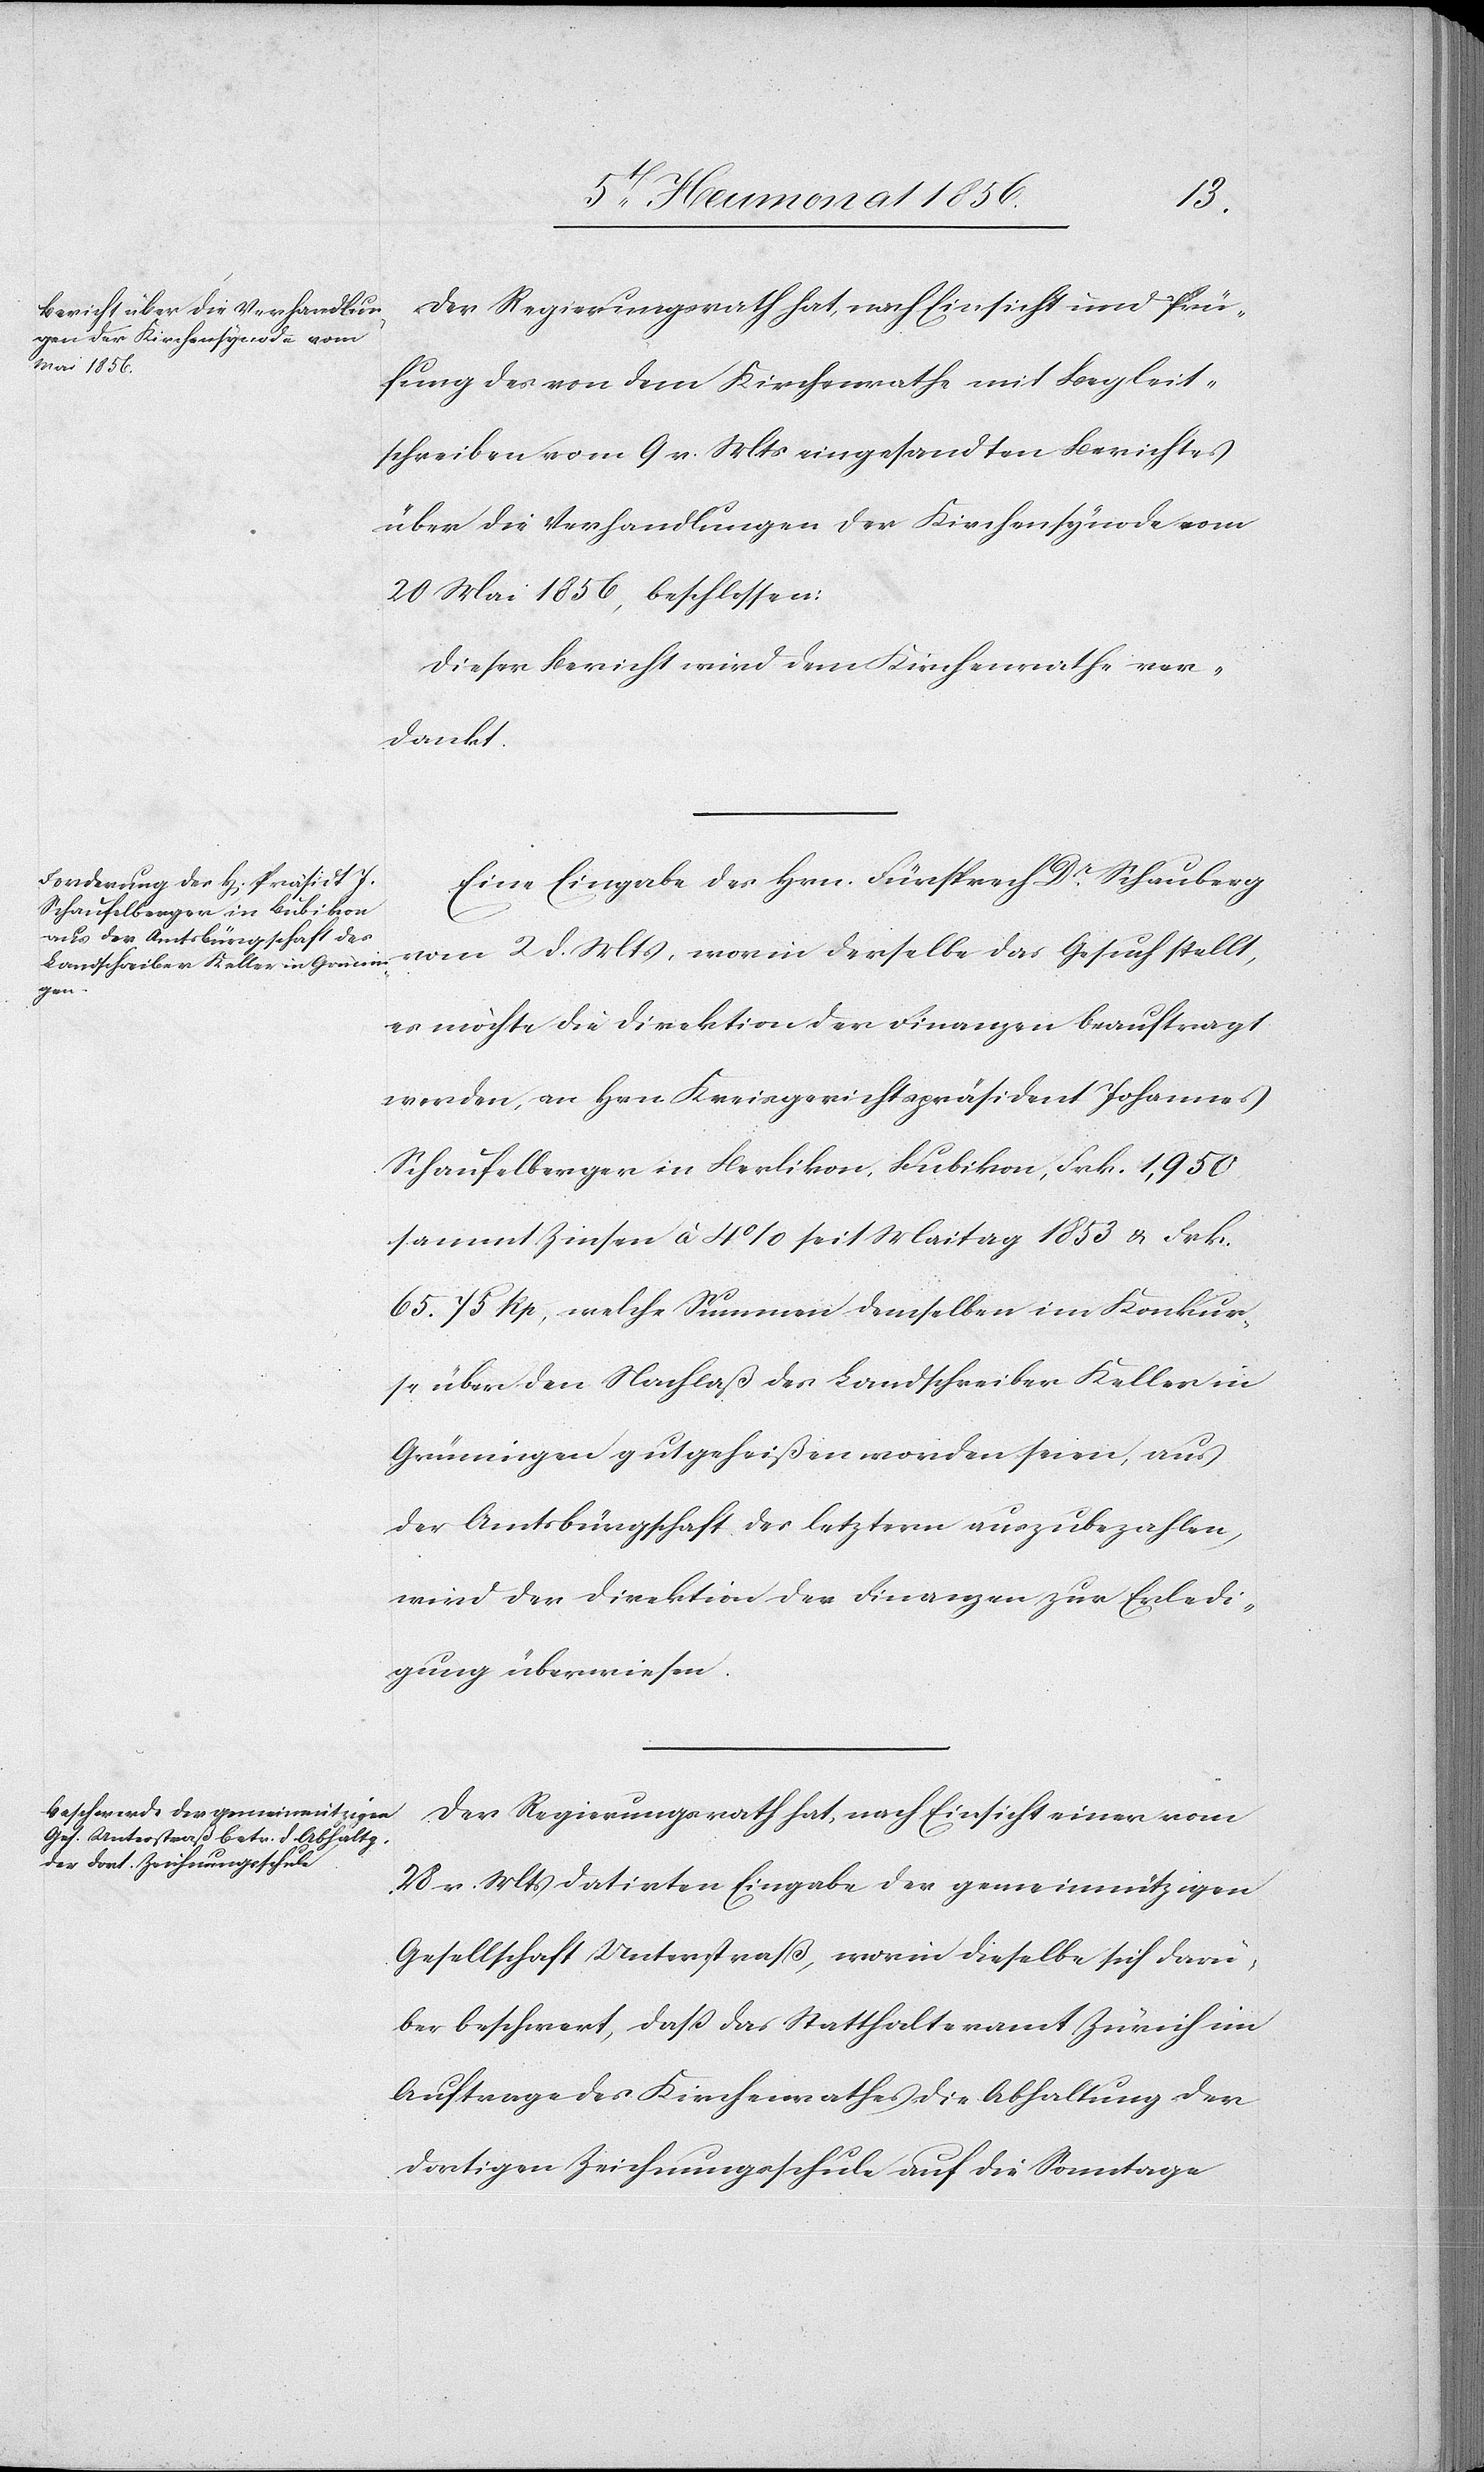
Der Regierungsrath hat, nach Einsicht und Prü¬
fung der von dem Kirchenrathe mit Begleit¬
schreiben vom 9 v. Mts eingesandten Berichtes
über die Verhandlungen der Kirchensynode vom
20 Mai 1856, beschlossen:
Dieser Bericht wird dem Kirchenrathe ver¬
dankt.
Eine Eingabe des Hrn. Fürsprech Dr Schauberg
vom 2 d. Mts, worin derselbe das Gesuch stellt,
es möchte die Direktion der Finanzen beauftragt
werden, an Hrn. Kreisgerichtspräsident Johannes
Schaufelberger in Berlikon, Bubikon, Frk. 1,950
sammt Zinsen à 4% seit Maitag 1853 & Frk.
65. 75 Rp, welche Summen demselben im Konkur¬
se über den Nachlaß des Landschreiber Keller in
Grüningen gutgeheißen worden seien, aus
der Amtsbürgschaft des letztern auszubezahlen,
wird der Direktion der Finanzen zur Erledi¬
gung überwiesen.
Der Regierungsrath hat, nach Einsicht einer vom
28 v. Mts datirten Eingabe der gemeinnützigen
Gesellschaft Unterstraß, worin dieselbe sich darü¬
ber beschwert, dass das Statthalteramt Zürich im
Auftrage des Kirchenrathes die Abhaltung der
dortigen Zeichnungsschule auf die Sonntage